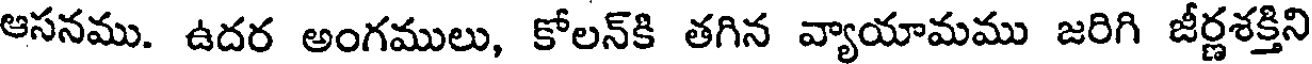
ఆసనము. ఉదర అంగములు, కోలన్కి తగిన వ్యాయామము జరిగి జీర్ణశక్తిని